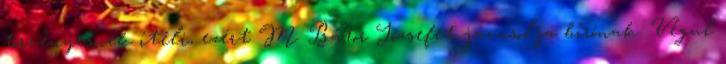
törvényesnek ítéli, ezért M. Bátor Józsefet javasolja bírónak. Végül